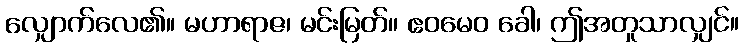
လျှောက်လေ၏။ မဟာရာဇ၊ မင်းမြတ်။ ဧဝမေဝ ခေါ၊ ဤအတူသာလျှင်။